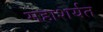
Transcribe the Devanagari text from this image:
महाशर्यत